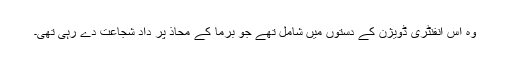
وہ اس انفنٹری ڈویژن کے دستوں میں شامل تھے جو برما کے محاذ پر داد شجاعت دے رہی تھی۔